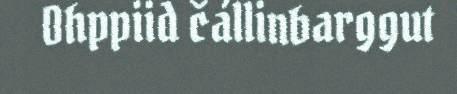
Ohppiid čállinbarggut